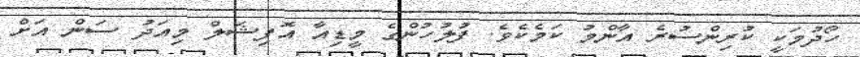
ހޯދުމަކީ ކުރިންސުރެ އާންމު ކަމެކެވެ. ފުލުހުންގެ މީޑިއާ އޮފިޝަލް މިއަދު ސަން އަށް